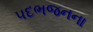
પદભજનના